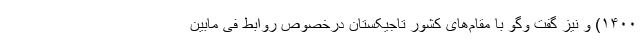
۱۴۰۰) و نیز گفت وگو با مقام‌های کشور تاجیکستان درخصوص روابط فی مابین